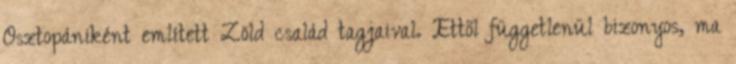
Osztopániként említett Zöld család tagjaival. Ettől függetlenül bizonyos, ma